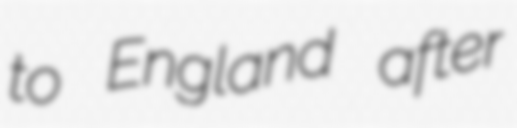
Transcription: to England after